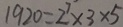
1 9 2 0 = 2 ^ { 7 } \times 3 \times 5